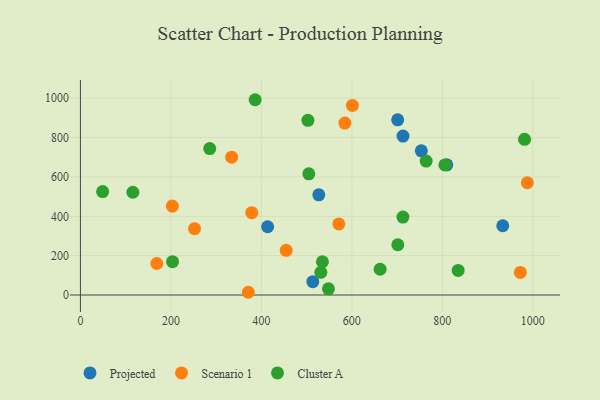
{"axis": {"x": "Speed", "y": "Exam Score"}, "legend": ["Cluster A", "Projected", "Scenario 1"], "data": [{"x": "809.8", "y": 661.7, "type": "Projected"}, {"x": "933.5", "y": 352.0, "type": "Projected"}, {"x": "413.8", "y": 347.0, "type": "Projected"}, {"x": "753.5", "y": 732.5, "type": "Projected"}, {"x": "701.2", "y": 890.4, "type": "Projected"}, {"x": "713.0", "y": 807.7, "type": "Projected"}, {"x": "513.7", "y": 68.0, "type": "Projected"}, {"x": "526.9", "y": 509.0, "type": "Projected"}, {"x": "371.1", "y": 13.9, "type": "Scenario 1"}, {"x": "972.3", "y": 114.6, "type": "Scenario 1"}, {"x": "571.1", "y": 361.1, "type": "Scenario 1"}, {"x": "601.2", "y": 963.5, "type": "Scenario 1"}, {"x": "168.8", "y": 160.2, "type": "Scenario 1"}, {"x": "334.3", "y": 700.5, "type": "Scenario 1"}, {"x": "378.7", "y": 418.4, "type": "Scenario 1"}, {"x": "584.5", "y": 873.6, "type": "Scenario 1"}, {"x": "987.9", "y": 570.4, "type": "Scenario 1"}, {"x": "203.2", "y": 451.9, "type": "Scenario 1"}, {"x": "454.8", "y": 227.0, "type": "Scenario 1"}, {"x": "252.2", "y": 337.1, "type": "Scenario 1"}, {"x": "115.9", "y": 522.3, "type": "Cluster A"}, {"x": "285.8", "y": 744.3, "type": "Cluster A"}, {"x": "712.8", "y": 396.2, "type": "Cluster A"}, {"x": "203.6", "y": 169.2, "type": "Cluster A"}, {"x": "49.1", "y": 525.8, "type": "Cluster A"}, {"x": "805.6", "y": 660.9, "type": "Cluster A"}, {"x": "531.4", "y": 115.4, "type": "Cluster A"}, {"x": "386.2", "y": 992.4, "type": "Cluster A"}, {"x": "981.7", "y": 791.2, "type": "Cluster A"}, {"x": "504.8", "y": 615.7, "type": "Cluster A"}, {"x": "502.8", "y": 887.9, "type": "Cluster A"}, {"x": "548.3", "y": 31.6, "type": "Cluster A"}, {"x": "764.2", "y": 680.6, "type": "Cluster A"}, {"x": "534.9", "y": 169.0, "type": "Cluster A"}, {"x": "701.5", "y": 255.4, "type": "Cluster A"}, {"x": "834.9", "y": 124.9, "type": "Cluster A"}, {"x": "662.4", "y": 130.8, "type": "Cluster A"}]}